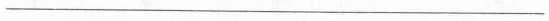
___